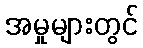
အမှုများတွင်